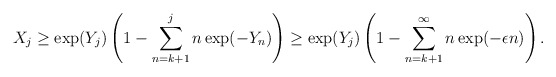
\begin{align*} X_j \geq\exp(Y_j)\left(1-\sum_{n=k+1}^{j}n \exp(-Y_n)\right) \geq\exp(Y_j)\left(1-\sum_{n=k+1}^{\infty}n \exp(-\epsilon n)\right). \end{align*}